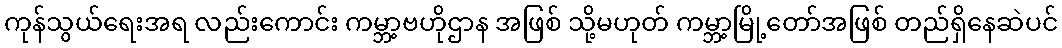
ကုန်သွယ်ရေးအရ လည်းကောင်း ကမ္ဘာ့ဗဟိုဌာန အဖြစ် သို့မဟုတ် ကမ္ဘာ့မြို့တော်အဖြစ် တည်ရှိနေဆဲပင်